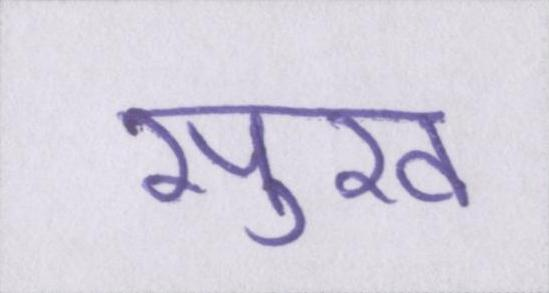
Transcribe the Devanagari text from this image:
सुख